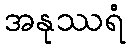
အနုဿရံ